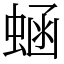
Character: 蜬